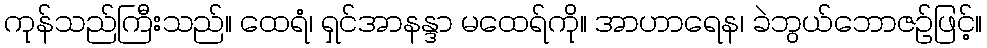
ကုန်သည်ကြီးသည်။ ထေရံ၊ ရှင်အာနန္ဒာ မထေရ်ကို။ အာဟာရေန၊ ခဲဘွယ်ဘောဇဉ်ဖြင့်။